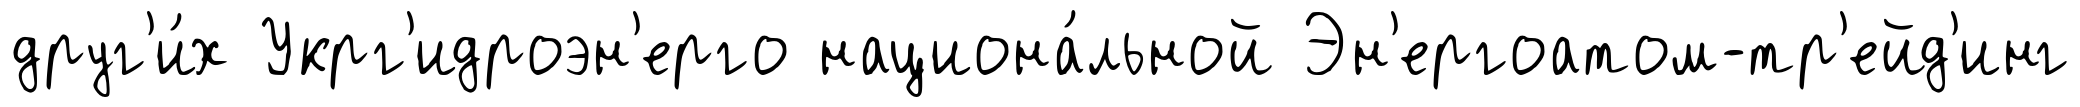
друг'и́х Укрг'идроэн'ерго национа́льной Эн'ергоатом-тр'ейд'инг